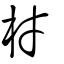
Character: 材